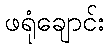
ဖရုံချောင်း